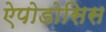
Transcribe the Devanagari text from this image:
ऐपोडोसिस